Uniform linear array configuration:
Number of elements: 4
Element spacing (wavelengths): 0.5
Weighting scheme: binomial
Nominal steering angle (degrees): -60
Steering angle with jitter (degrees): -59.262
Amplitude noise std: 0.05
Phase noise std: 0.05

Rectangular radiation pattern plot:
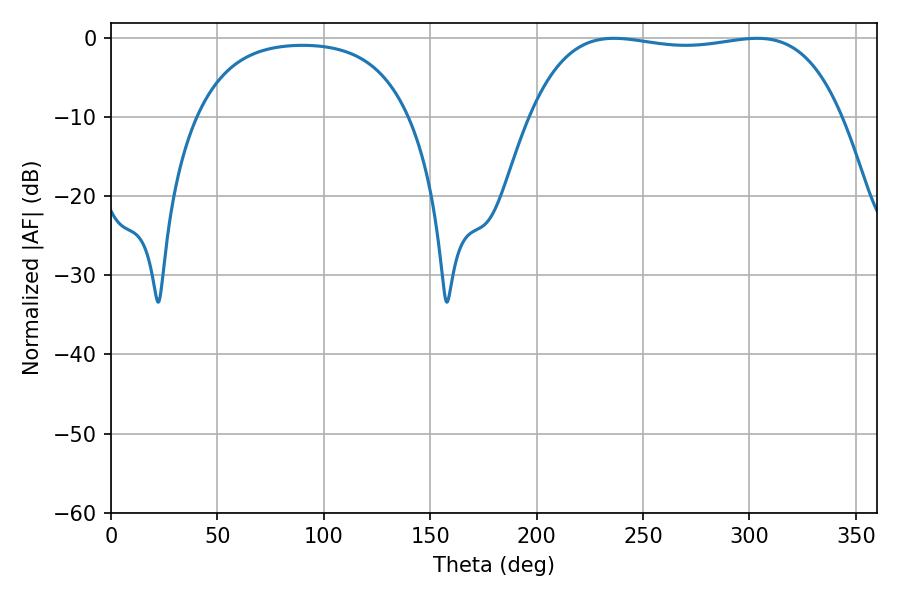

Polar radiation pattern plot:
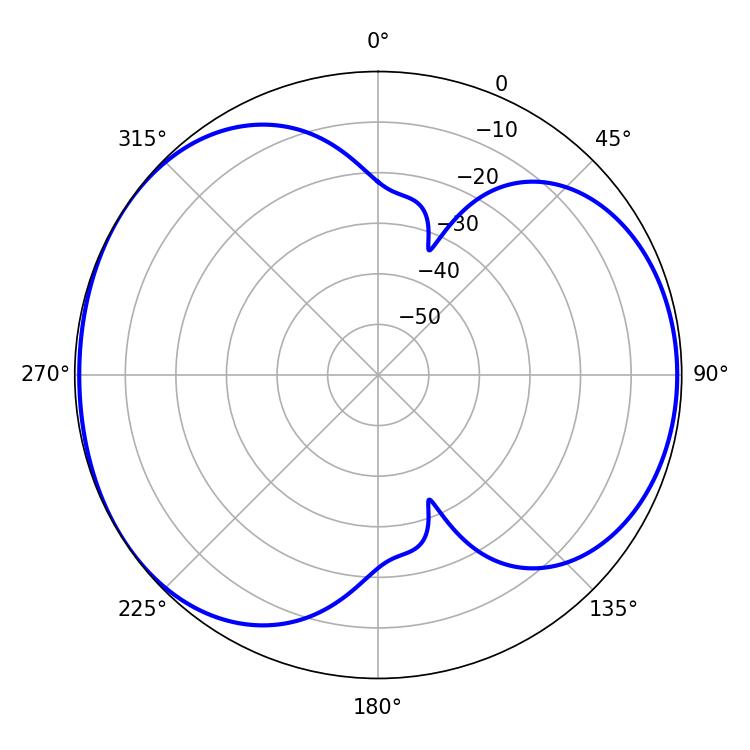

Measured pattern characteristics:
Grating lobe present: FALSE
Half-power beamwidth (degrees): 116.64
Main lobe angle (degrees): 236.34